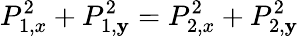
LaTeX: P_{1,x}^{2}+P_{1,\mathbf{y}}^{2}=P_{2,x}^{2}+P_{2,\mathbf{y}}^{2}